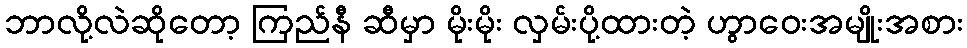
ဘာလို့လဲဆိုတော့ ကြည်နီ ဆီမှာ မိုးမိုး လှမ်းပို့ထားတဲ့ ဟွာဝေးအမျိုးအစား